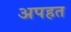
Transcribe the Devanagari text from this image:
अपहत